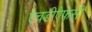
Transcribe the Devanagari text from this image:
ऐचडीऐफसी